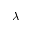
\lambda